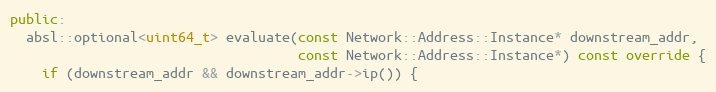
Language: C++
public:
  absl::optional<uint64_t> evaluate(const Network::Address::Instance* downstream_addr,
                                    const Network::Address::Instance*) const override {
    if (downstream_addr && downstream_addr->ip()) {